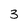
Character: 3